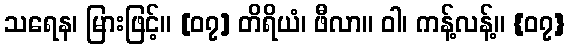
သရေန၊ မြားဖြင့်။ [၀၇] တိရိယံ၊ ဖီလာ။ ဝါ၊ ကန့်လန့်။ {၀၇}